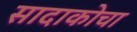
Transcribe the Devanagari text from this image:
सादाकोचा